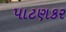
પાટણકર